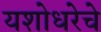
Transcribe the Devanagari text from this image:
यशोधरेचे